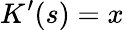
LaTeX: K^{\prime}(s)=x